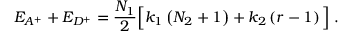
E _ { A ^ { + } } + E _ { D ^ { + } } = \frac { N _ { 1 } } { 2 } \Big [ k _ { 1 } \left( N _ { 2 } + 1 \right) + k _ { 2 } \left( r - 1 \right) \Big ] \; .